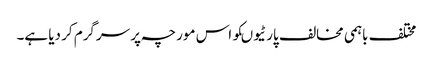
مختلف باہمی مخالف پارٹیوںکو اس مورچہ پر سرگرم کر دیا ہے۔